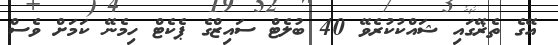
އޭގެ ތެޜޭގައި ޝައްކުކުރެވޭ 40 ބުލެޓް ސައިޒްގެ ޕެކެޓް ހިމެނޭ ކަމަށް ވެސް